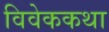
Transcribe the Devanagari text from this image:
विवेककथा